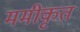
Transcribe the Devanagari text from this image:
ममीकृत